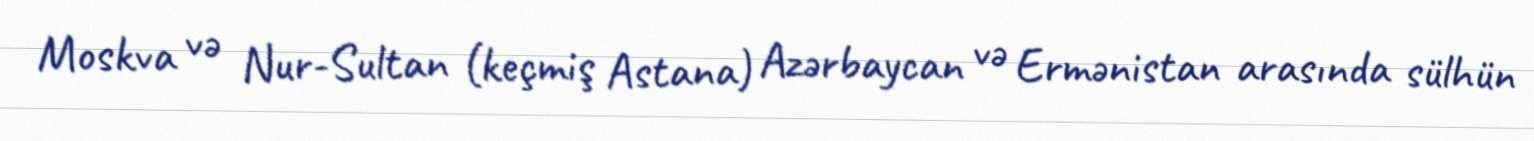
Moskva və Nur-Sultan (keçmiş Astana) Azərbaycan və Ermənistan arasında sülhün